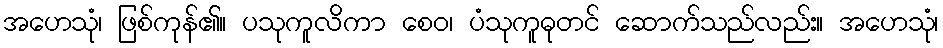
အဟေသုံ၊ ဖြစ်ကုန်၏။ ပသုကူလိကာ စေဝ၊ ပံသုကူဓုတင် ဆောက်သည်လည်း။ အဟေသုံ၊